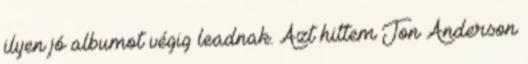
ilyen jó albumot végig leadnak. Azt hittem Jon Anderson